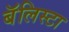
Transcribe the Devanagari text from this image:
बॅलिस्टा